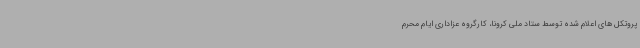
پروتکل های اعلام شده توسط ستاد ملی کرونا، کارگروه عزاداری ایام محرم